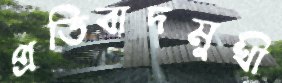
প্রতিবাদমুখী